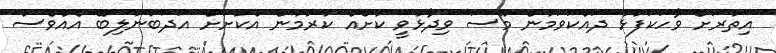
އިތުރަށް ވާހަކަފުޅު ދައްކަވަމުން މޫސަ ވިދާޅުވީ ކުށެއް ކުރުމުން އެކުށަަށް އަދަބުނުލިބޭ އެއްވެސް